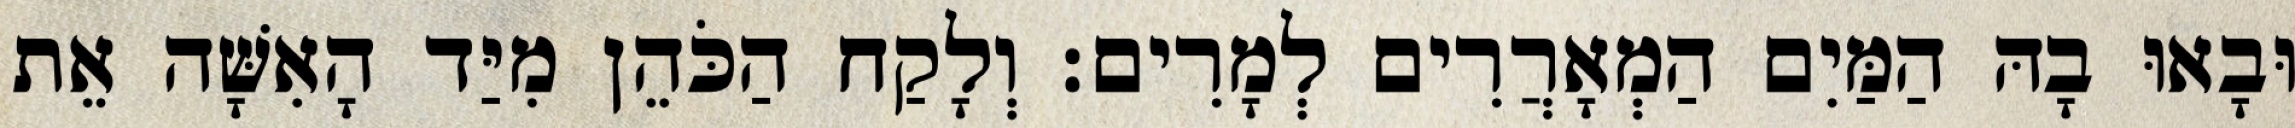
וּבָאוּ בָהּ הַמַּיִם הַמְאָרֲרִים לְמָרִים׃ וְלָקַח הַכֹּהֵן מִיַּד הָאִשָּׁה אֵת